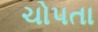
ચોપતા